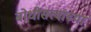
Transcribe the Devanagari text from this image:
बोधीसत्त्वाच्या